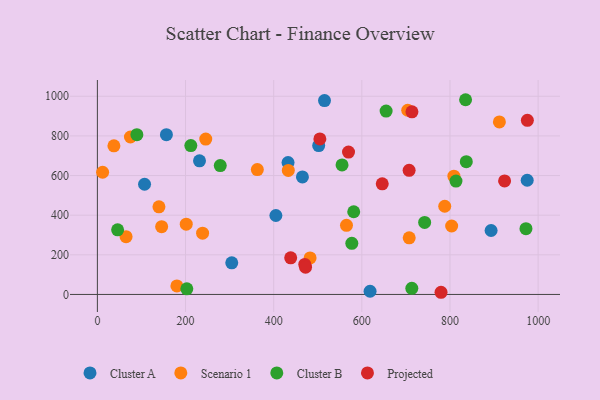
{"axis": {"x": "Engine Size", "y": "Exam Score"}, "legend": ["Cluster A", "Cluster B", "Projected", "Scenario 1"], "data": [{"x": "156.6", "y": 806.1, "type": "Cluster A"}, {"x": "893.3", "y": 322.6, "type": "Cluster A"}, {"x": "618.7", "y": 16.2, "type": "Cluster A"}, {"x": "502.1", "y": 751.3, "type": "Cluster A"}, {"x": "465.2", "y": 593.2, "type": "Cluster A"}, {"x": "231.7", "y": 674.3, "type": "Cluster A"}, {"x": "107.0", "y": 556.0, "type": "Cluster A"}, {"x": "304.9", "y": 159.8, "type": "Cluster A"}, {"x": "975.2", "y": 576.2, "type": "Cluster A"}, {"x": "405.0", "y": 398.3, "type": "Cluster A"}, {"x": "515.3", "y": 978.2, "type": "Cluster A"}, {"x": "432.6", "y": 665.5, "type": "Cluster A"}, {"x": "912.1", "y": 870.4, "type": "Scenario 1"}, {"x": "808.9", "y": 596.7, "type": "Scenario 1"}, {"x": "704.1", "y": 929.5, "type": "Scenario 1"}, {"x": "145.8", "y": 341.8, "type": "Scenario 1"}, {"x": "37.5", "y": 750.0, "type": "Scenario 1"}, {"x": "482.6", "y": 184.3, "type": "Scenario 1"}, {"x": "433.2", "y": 625.8, "type": "Scenario 1"}, {"x": "11.9", "y": 616.7, "type": "Scenario 1"}, {"x": "139.7", "y": 442.2, "type": "Scenario 1"}, {"x": "238.7", "y": 309.0, "type": "Scenario 1"}, {"x": "65.1", "y": 291.5, "type": "Scenario 1"}, {"x": "803.8", "y": 345.4, "type": "Scenario 1"}, {"x": "788.1", "y": 445.2, "type": "Scenario 1"}, {"x": "180.4", "y": 42.8, "type": "Scenario 1"}, {"x": "245.9", "y": 784.1, "type": "Scenario 1"}, {"x": "75.0", "y": 794.6, "type": "Scenario 1"}, {"x": "201.6", "y": 354.7, "type": "Scenario 1"}, {"x": "707.5", "y": 285.6, "type": "Scenario 1"}, {"x": "565.2", "y": 348.9, "type": "Scenario 1"}, {"x": "362.9", "y": 629.9, "type": "Scenario 1"}, {"x": "45.9", "y": 326.3, "type": "Cluster B"}, {"x": "212.0", "y": 751.0, "type": "Cluster B"}, {"x": "555.1", "y": 653.8, "type": "Cluster B"}, {"x": "835.4", "y": 982.6, "type": "Cluster B"}, {"x": "813.6", "y": 572.0, "type": "Cluster B"}, {"x": "713.4", "y": 30.8, "type": "Cluster B"}, {"x": "577.3", "y": 257.9, "type": "Cluster B"}, {"x": "202.9", "y": 28.5, "type": "Cluster B"}, {"x": "89.6", "y": 806.1, "type": "Cluster B"}, {"x": "581.6", "y": 417.2, "type": "Cluster B"}, {"x": "278.8", "y": 650.2, "type": "Cluster B"}, {"x": "655.1", "y": 925.4, "type": "Cluster B"}, {"x": "742.5", "y": 363.7, "type": "Cluster B"}, {"x": "972.4", "y": 331.7, "type": "Cluster B"}, {"x": "837.0", "y": 670.0, "type": "Cluster B"}, {"x": "569.8", "y": 718.5, "type": "Projected"}, {"x": "713.7", "y": 921.6, "type": "Projected"}, {"x": "470.5", "y": 151.7, "type": "Projected"}, {"x": "923.9", "y": 572.8, "type": "Projected"}, {"x": "975.6", "y": 878.7, "type": "Projected"}, {"x": "504.8", "y": 784.9, "type": "Projected"}, {"x": "707.3", "y": 626.2, "type": "Projected"}, {"x": "646.3", "y": 558.2, "type": "Projected"}, {"x": "472.3", "y": 137.9, "type": "Projected"}, {"x": "779.7", "y": 11.0, "type": "Projected"}, {"x": "438.6", "y": 184.7, "type": "Projected"}]}